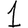
Digit: 1